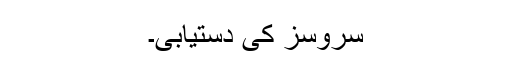
سروسز کی دستیابی۔